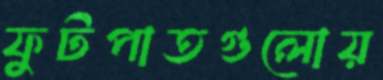
ফুটপাতগুলোয়